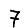
Digit: 7